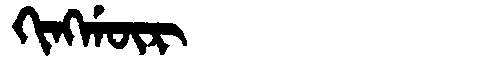
Manchu: ᡴᡳᠩᡤᡡᡵ
Romanization: KINGGŪR